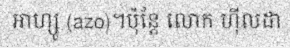
អាហ្សូ (azo)។ប៉ុន្តែ លោក ហ៊ីលដា